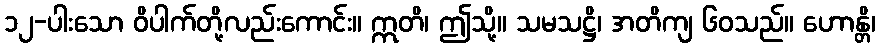
၁၂-ပါးသော ဝိပါက်တို့လည်းကောင်း။ ဣတိ၊ ဤသို့။ သမသဋ္ဌိ၊ အတိကျ ၆၀သည်။ ဟောန္တိ၊